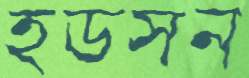
হডসন